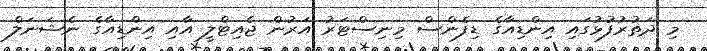
މި ދަތުރުފުޅުގައި އިންޑިއާގެ ޑިފެންސް މިނިސްޓަރު އަރުން ޖެއިޓްލީ އާއި އިންޑިއާގެ ނެޝަނަލް